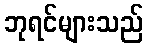
ဘုရင်များသည်